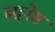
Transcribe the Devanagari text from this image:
ब्य्र्नेस